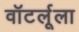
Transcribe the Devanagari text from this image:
वॉटर्लूला